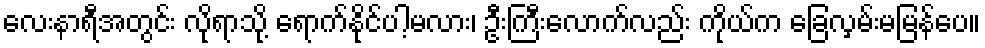
လေးနာရီအတွင်း လိုရာသို့ ရောက်နိုင်ပါ့မလား၊ ဦးကြီးလောက်လည်း ကိုယ်က ခြေလှမ်းမမြန်ပေ။